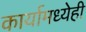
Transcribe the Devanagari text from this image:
कार्यामध्येही